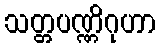
သတ္တပဏ္ဏိဂုဟာ